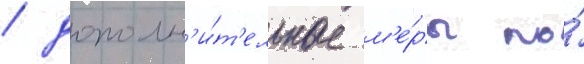
/ дополн'и́т'ельные м'е́ры по́